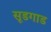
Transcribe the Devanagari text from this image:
सूडगाड